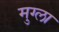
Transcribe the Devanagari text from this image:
मुग्ला